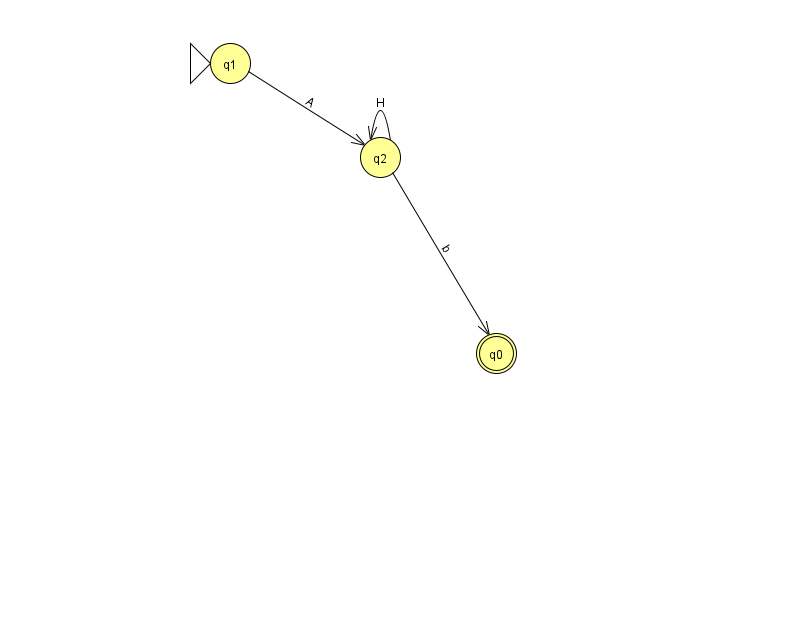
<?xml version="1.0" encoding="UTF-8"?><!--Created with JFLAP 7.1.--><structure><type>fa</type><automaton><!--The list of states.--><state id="0" name="q0"><x>496.0</x><y>340.0</y><final/></state><state id="1" name="q1"><x>230.0</x><y>50.0</y><initial/></state><state id="2" name="q2"><x>380.0</x><y>144.0</y></state><!--The list of transitions.--><transition><from>1</from><to>2</to><read>A</read></transition><transition><from>2</from><to>0</to><read>b</read></transition><transition><from>2</from><to>2</to><read>H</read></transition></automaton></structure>